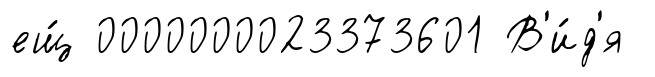
ещ́ 0000000023373601 В'и́д'я